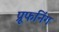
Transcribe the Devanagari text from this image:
प्रूफनिंग